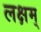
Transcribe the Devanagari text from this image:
लक्षम्